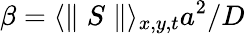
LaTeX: \beta=\langle\parallel S\parallel\rangle_{x,y,t}a^{2}/D